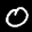
Label: 0